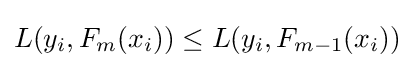
L(y_{i},F_{m}(x_{i}))\leq L(y_{i},F_{m-1}(x_{i}))